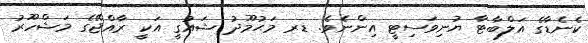
ކެނެޑާގެ އަލްބާޓާ ޔުނިވަސިޓީ އިންނެވެ. ޑރ މަޙުމޫދު ޝައުގީ އަކީ ރާއްޖޭގެ މަޝްހޫރު